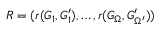
R = ( r ( G _ { 1 } , G _ { 1 } ^ { \prime } ) , \dots , r ( G _ { \Omega } , G _ { \Omega ^ { \prime } } ^ { \prime } ) )